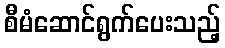
စီမံဆောင်ရွက်ပေးသည့်